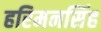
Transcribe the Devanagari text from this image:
हरिमनसिंह